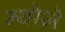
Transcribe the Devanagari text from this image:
न्योज़े